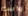
واسم